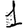
Digit: 1